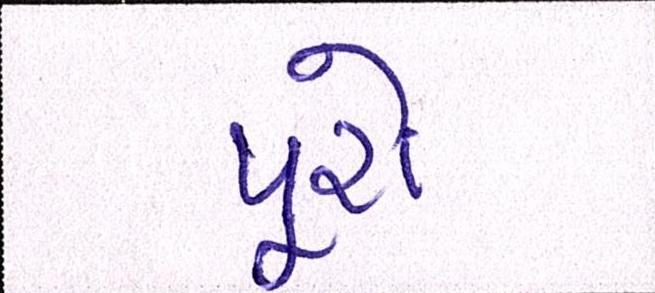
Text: પૂરો